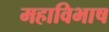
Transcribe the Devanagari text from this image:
महाविभाष